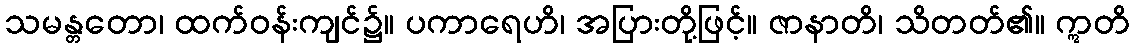
သမန္တတော၊ ထက်ဝန်းကျင်၌။ ပကာရေဟိ၊ အပြားတို့ဖြင့်။ ဇာနာတိ၊ သိတတ်၏။ ဣတိ